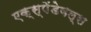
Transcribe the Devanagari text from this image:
एक्स्पेंडेबल्स